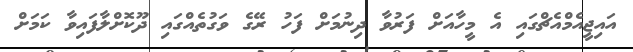
އައިޖީއެމްއެޗްގައި އެ މީހާއަށް ފަރުވާ ދިނުމަށް ފަހު ރޭގެ ވަގުތެއްގައި ދޫކޮށްލާފައިވާ ކަމަށް